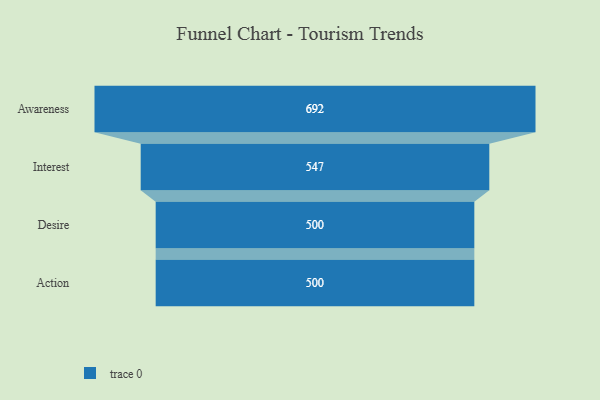
{"axis": {"x": "Stage", "y": "Value"}, "legend": [""], "data": [{"x": "Awareness", "y": 692.0, "type": ""}, {"x": "Interest", "y": 547.0, "type": ""}, {"x": "Desire", "y": 500, "type": ""}, {"x": "Action", "y": 500, "type": ""}]}